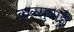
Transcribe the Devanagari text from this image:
कल्सुबाई